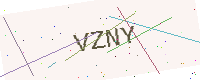
Text: VZNY